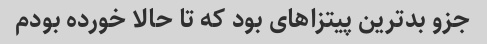
جزو بدترین پیتزا‌های بود که تا حالا خورده بودم